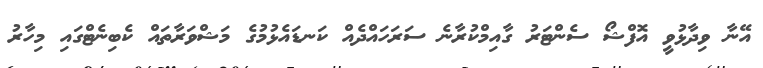
އޭނާ ވިދާޅުވީ އޮފްޝޯ ސެންޓަރު ގާއިމްކުރާނެ ސަރަހައްދެއް ކަނޑައެޅުމުގެ މަޝްވަރާތައް ކެބިނެޓްގައި މިހާރު